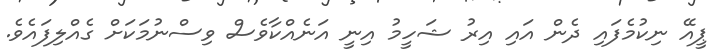
ޕީއޭ ނިކުމެފައި ދެން އައި އިރު ޝަހީމު އިނީ އަނެއްކާވެސް ވިސްނުމަކަށް ގެއްލިފައެވެ.